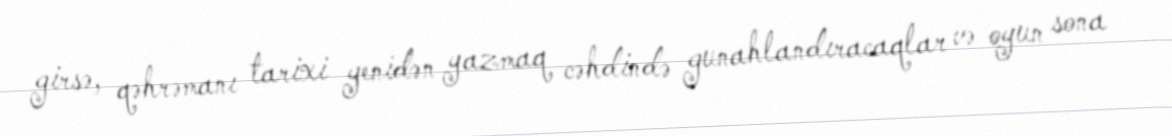
girsə, qəhrəmanı tarixi yenidən yazmaq cəhdində gunahlandıracaqlar və oyun sona